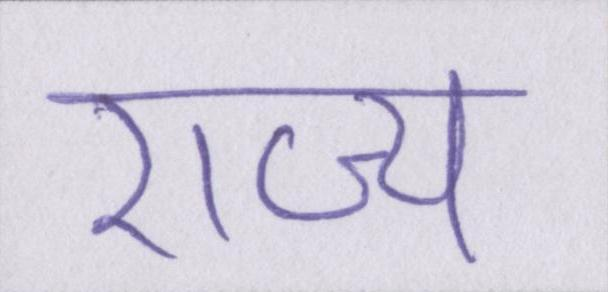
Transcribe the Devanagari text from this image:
राज्य